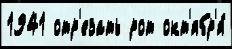
1941 отр'езать рот окт'ябр'я́